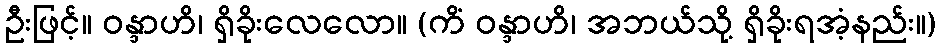
ဦးဖြင့်။ ဝန္ဒာဟိ၊ ရှိခိုးလေလော။ (ကိံ ဝန္ဒာဟိ၊ အဘယ်သို့ ရှိခိုးရအံ့နည်း။)